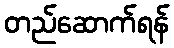
တည်ဆောက်ရန်